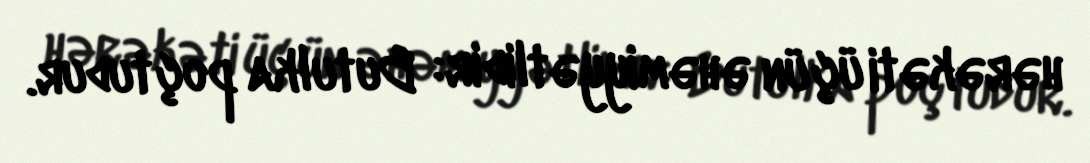
hərəkəti üçün əhəmiyyətlidir: Butulka poçtudur.